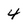
Character: 4